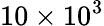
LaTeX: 10\times 10^{3}